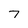
Character: 7